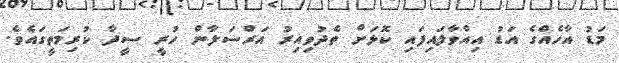
މަޑު އާހެއްގެ އަޑު އިއްވާލައިފައި ކޮޅަށް ތެދުވިއިރު އަރްސަލާން ހުރީ ސީދާ ކުރިމަތީގައެވެ.